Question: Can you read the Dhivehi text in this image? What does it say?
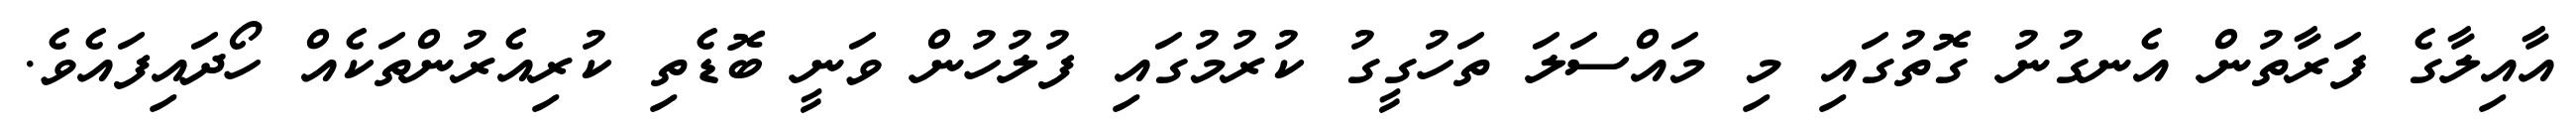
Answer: އާއިލާގެ ފަރާތުން އެނގުނު ގޮތުގައި މި މައްސަލަ ތަހުގީގު ކުރުމުގައި ފުލުހުން ވަނީ ބޮޑެތި ކުރިއެރުންތަކެއް ހޯދައިފައެވެ.